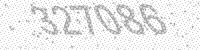
Solution: 327086